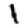
Digit: 1